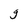
Character: g